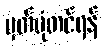
မှတ်ပုံတင်ရန်